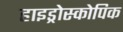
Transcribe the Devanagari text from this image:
हाइड्रोस्कोपिक